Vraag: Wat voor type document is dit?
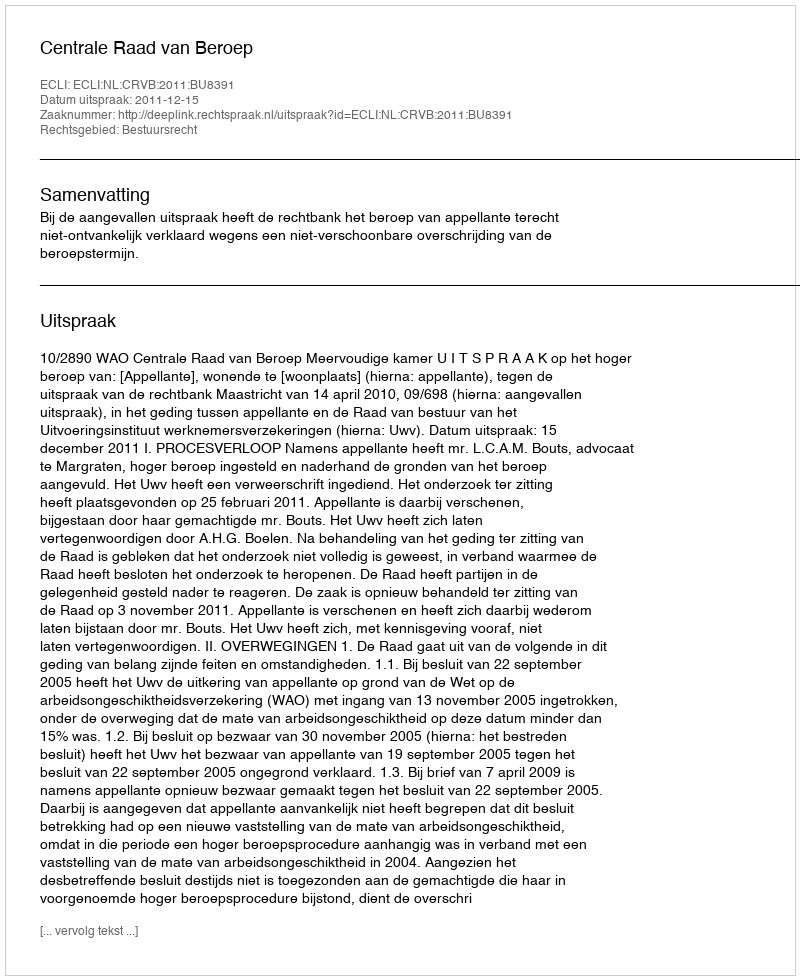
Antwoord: Uitspraak